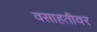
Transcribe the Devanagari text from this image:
वसाहतीवर